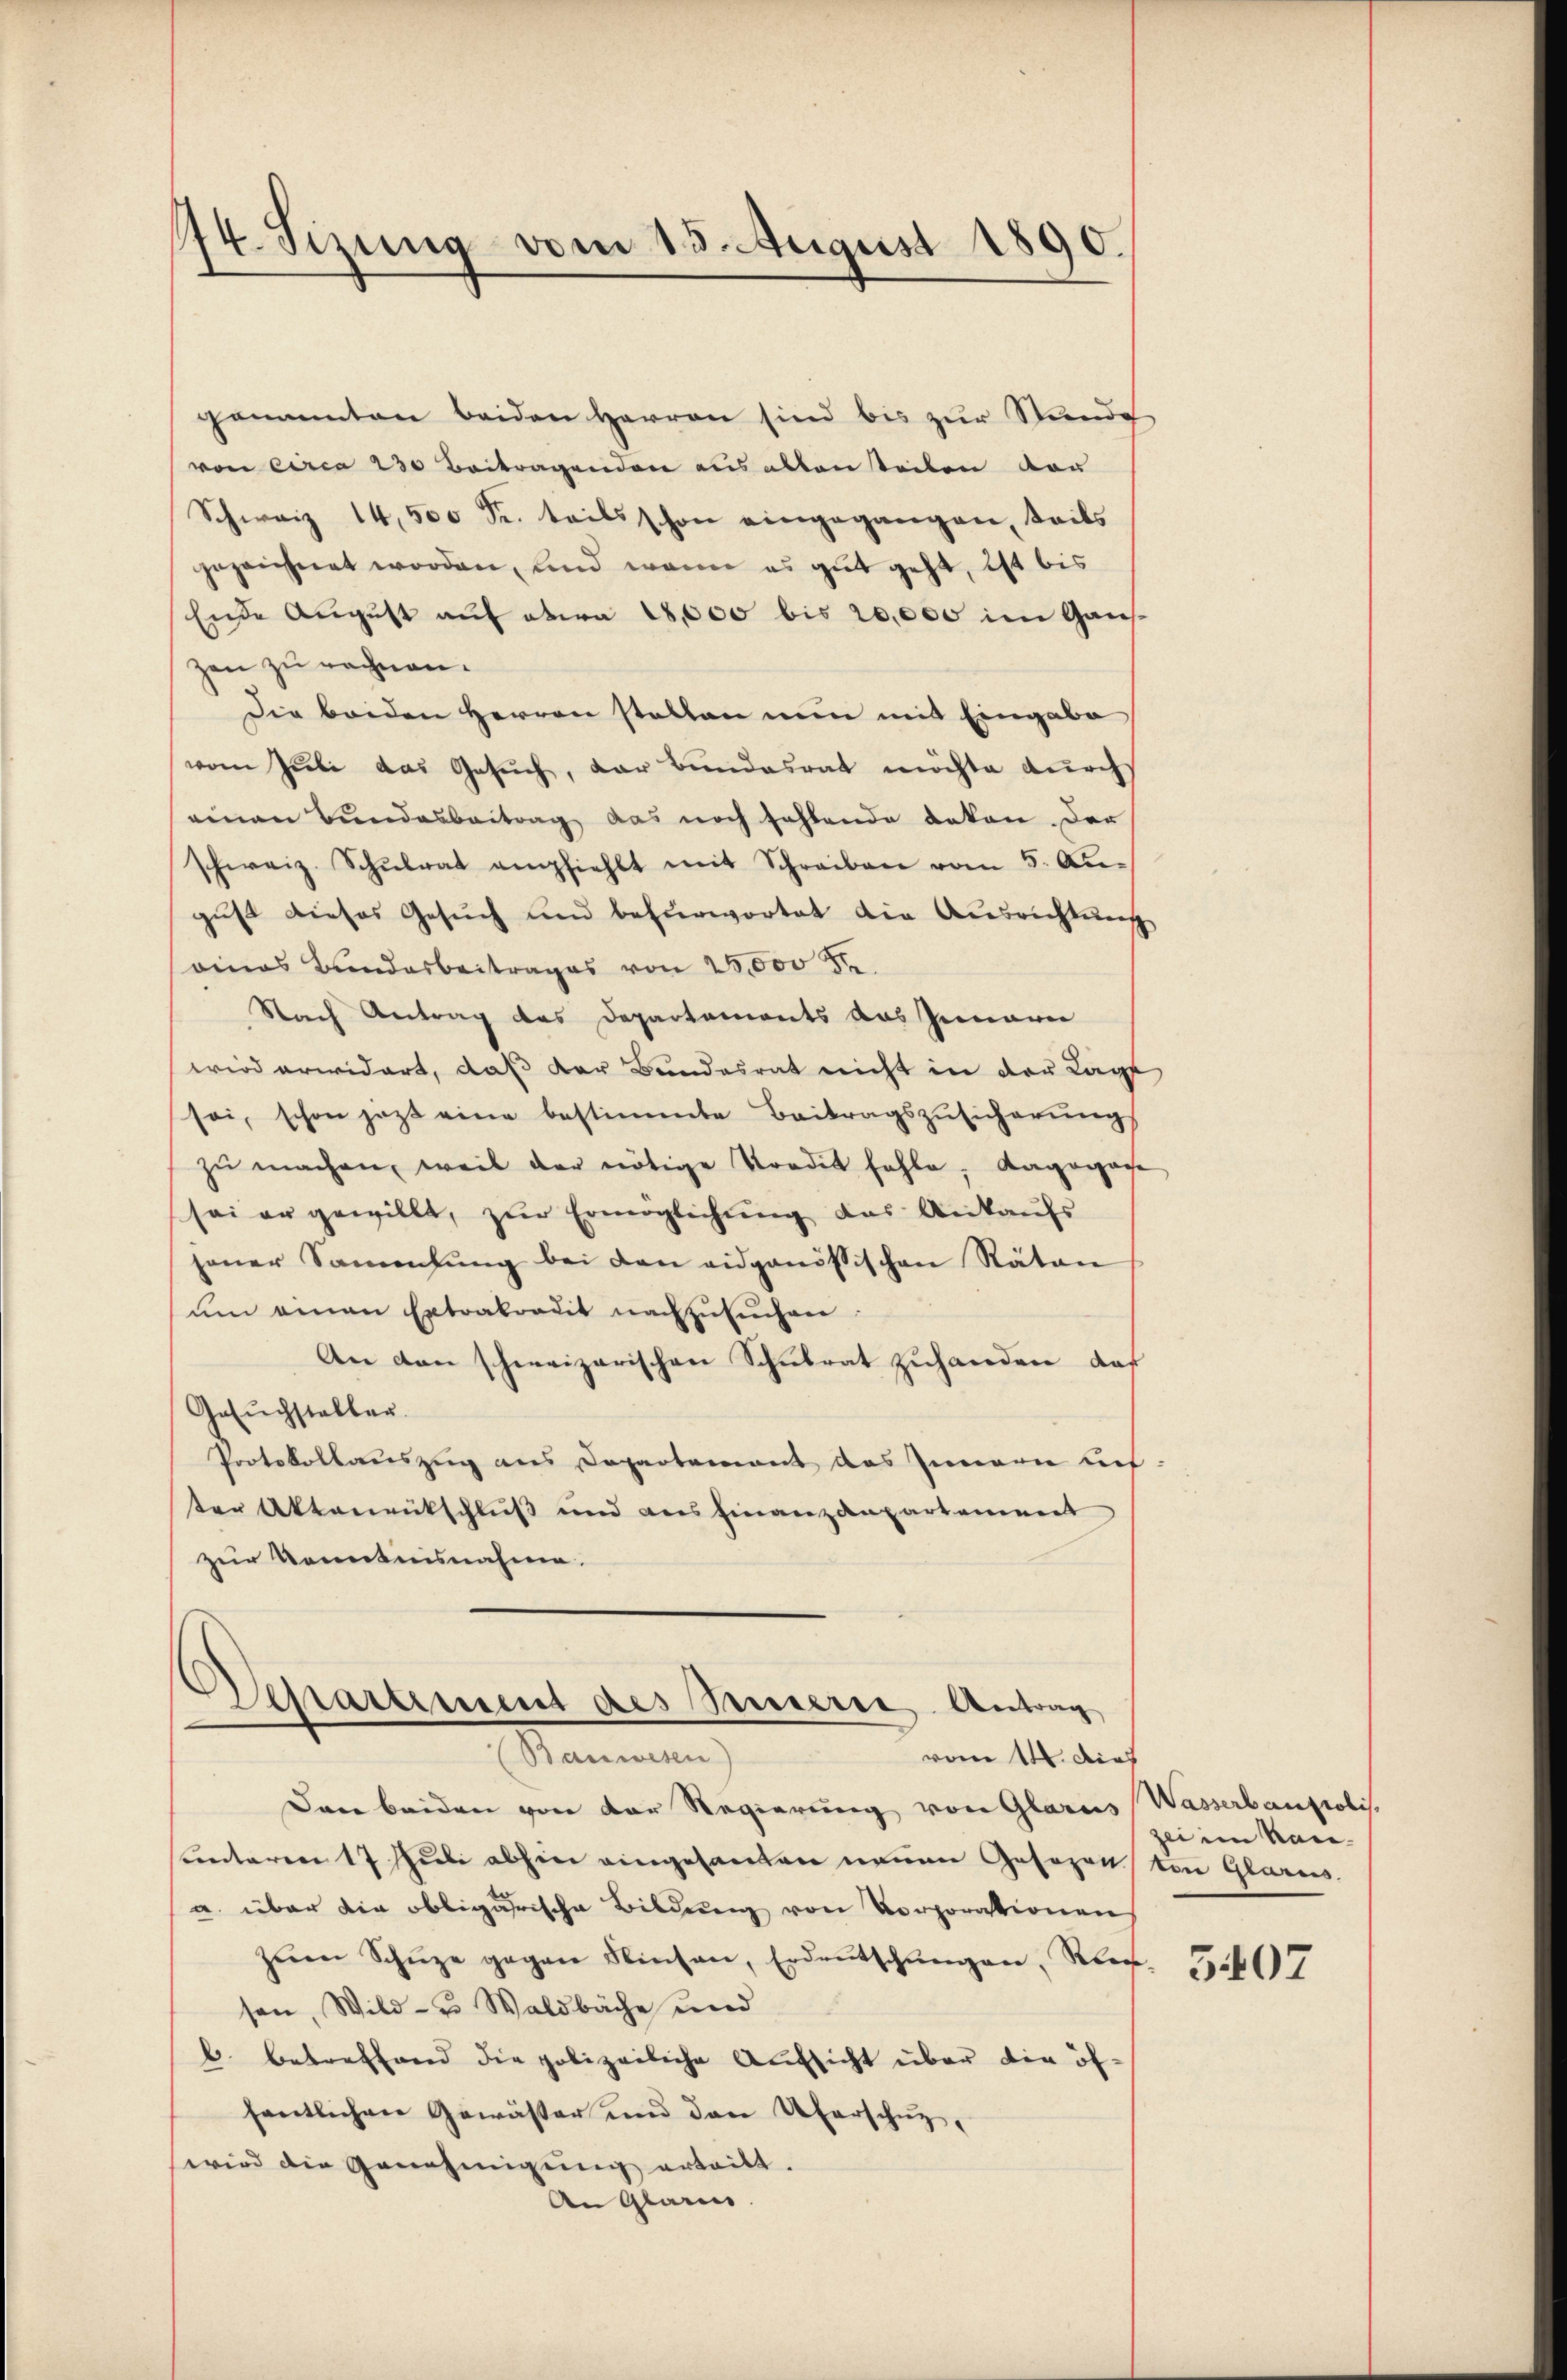
174. Sizung vom 15. August 1890.

genannten beiden Herren sind bis zur Stunde
von circa 230 Beitragenden aus abbenteilen vor
Schweiz 14,500 Se. teils schon eingegangen, teils
gezeichnet worden, und wenn es gut geht, ist bis
Ende August auf etwa 18,000 bis 20,000 im Ganszen zu rechnen.
Die beiden Herren stellen nun mit Eingabe
vom Juli das Gesuch, der Bundesrat möchte durchs
einen Bundesbeitrag das noch fehlende deton. Der
schweiz. Schŭlrat empfiehlt mit Schreiben vom 5. Au-
gust dieses Gesuch und befürwortet die Ausrichtung
oines Bundesbeitrages von 25,000 Fr
Nach Antrag des Departements das Innern
wird erwidert, daß der Bundesrat nicht in der Lage
sei, schon jezt eine bestimmte Beitragszusicherung
zŭ machen, weil der nötige Tradit fehle, Kagogasse
sei er gewillt, zur Ermöglichung das Ankaufs
jener Sammlung bei den eidgenössischen Räten
um einen Extraordit nachzusuchen:
An den schweizerischen Schulrat zuhanden, daß
Gesuchsteller
Protokollauszug aus Departement das Innern aus
ter Aktenrütschluß und ausfinanzdepartement
zur Kenntnisnahme.
Separtement des Steuerer Antrag
(Bauwesen)
vom 14. dies
Dann beiden von der Regierung von Glarus
unteren 17 Juli abhin eingesanten neuen Gesezen
a. über die obligarische Bildung von Vorporationen
zŭm Schüze gegen Niesen, Erdeŭtschŭngen, Rieg
sen, Wild- u Waldbäche und
b. betreffend die polizeiliche Aufsicht über die öffentlichen Gewässer und den Uferschuz,
wird die Genehmigung erteilt.
An Glarus.

Wasserbaupolis.
zei im Kanton Glarus.

5407